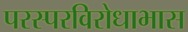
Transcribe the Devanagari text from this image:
परस्परविरोधाभास